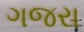
ગજરા